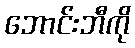
ဘောင်းဘီကို